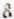
8